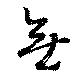
無